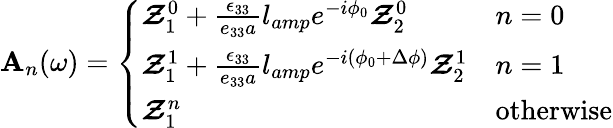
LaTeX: \mathbf{A}_{n}(\omega)=\left\{ \begin{array}{ll}{\boldsymbol{\mathcal{Z}}_{1}^{0}+\frac{\epsilon_{33}}{e_{33}a}l_{amp}e^{-i\phi_{0}}\boldsymbol{\mathcal{Z}}_{2}^{0}}&{n=0}\\ {\boldsymbol{\mathcal{Z}}_{1}^{1}+\frac{\epsilon_{33}}{e_{33}a}l_{amp}e^{-i\left(\phi_{0}+\Delta\phi\right)}\boldsymbol{\mathcal{Z}}_{2}^{1}}&{n=1}\\ {\boldsymbol{\mathcal{Z}}_{1}^{n}}&{\mathrm{otherwise}}\end{array}\right.